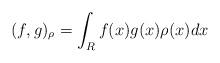
LaTeX: \begin{align*}(f,g)_{\rho} = \int_R f(x) g(x) \rho (x) dx\end{align*}